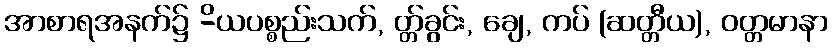
အာစာရအနက်၌ -ိယပစ္စည်းသက်, တ္တ်ခွင်း, ချေ, ကပ် (ဆတ္တီယ), ဝတ္တမာနာ